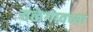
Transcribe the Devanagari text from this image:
तळेगावच्या